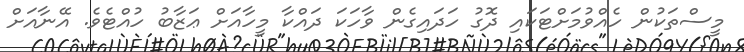
މީސްތަކުން ހެއްވުމަށްޓަކައި ދޮގު ހަދައިގެން ވާހަކަ ދައްކާ މީހާއަށް ޢަޒާބު ހުއްޓެވެ. އޭނާއަށް